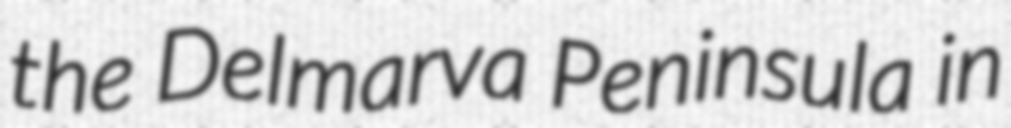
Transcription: the Delmarva Peninsula in